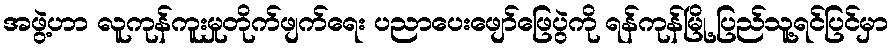
အဖွဲ့ဟာ လူကုန်ကူးမှုတိုက်ဖျက်ရေး ပညာပေးဖျော်ဖြေပွဲကို ရန်ကုန်မြို့ ပြည်သူ့ရင်ပြင်မှာ